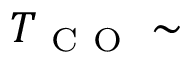
T _ { \mathrm { ~ C ~ O ~ } } \sim